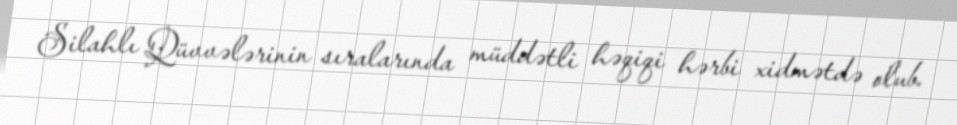
Silahlı Qüvvələrinin sıralarında müddətli həqiqi hərbi xidmətdə olub.